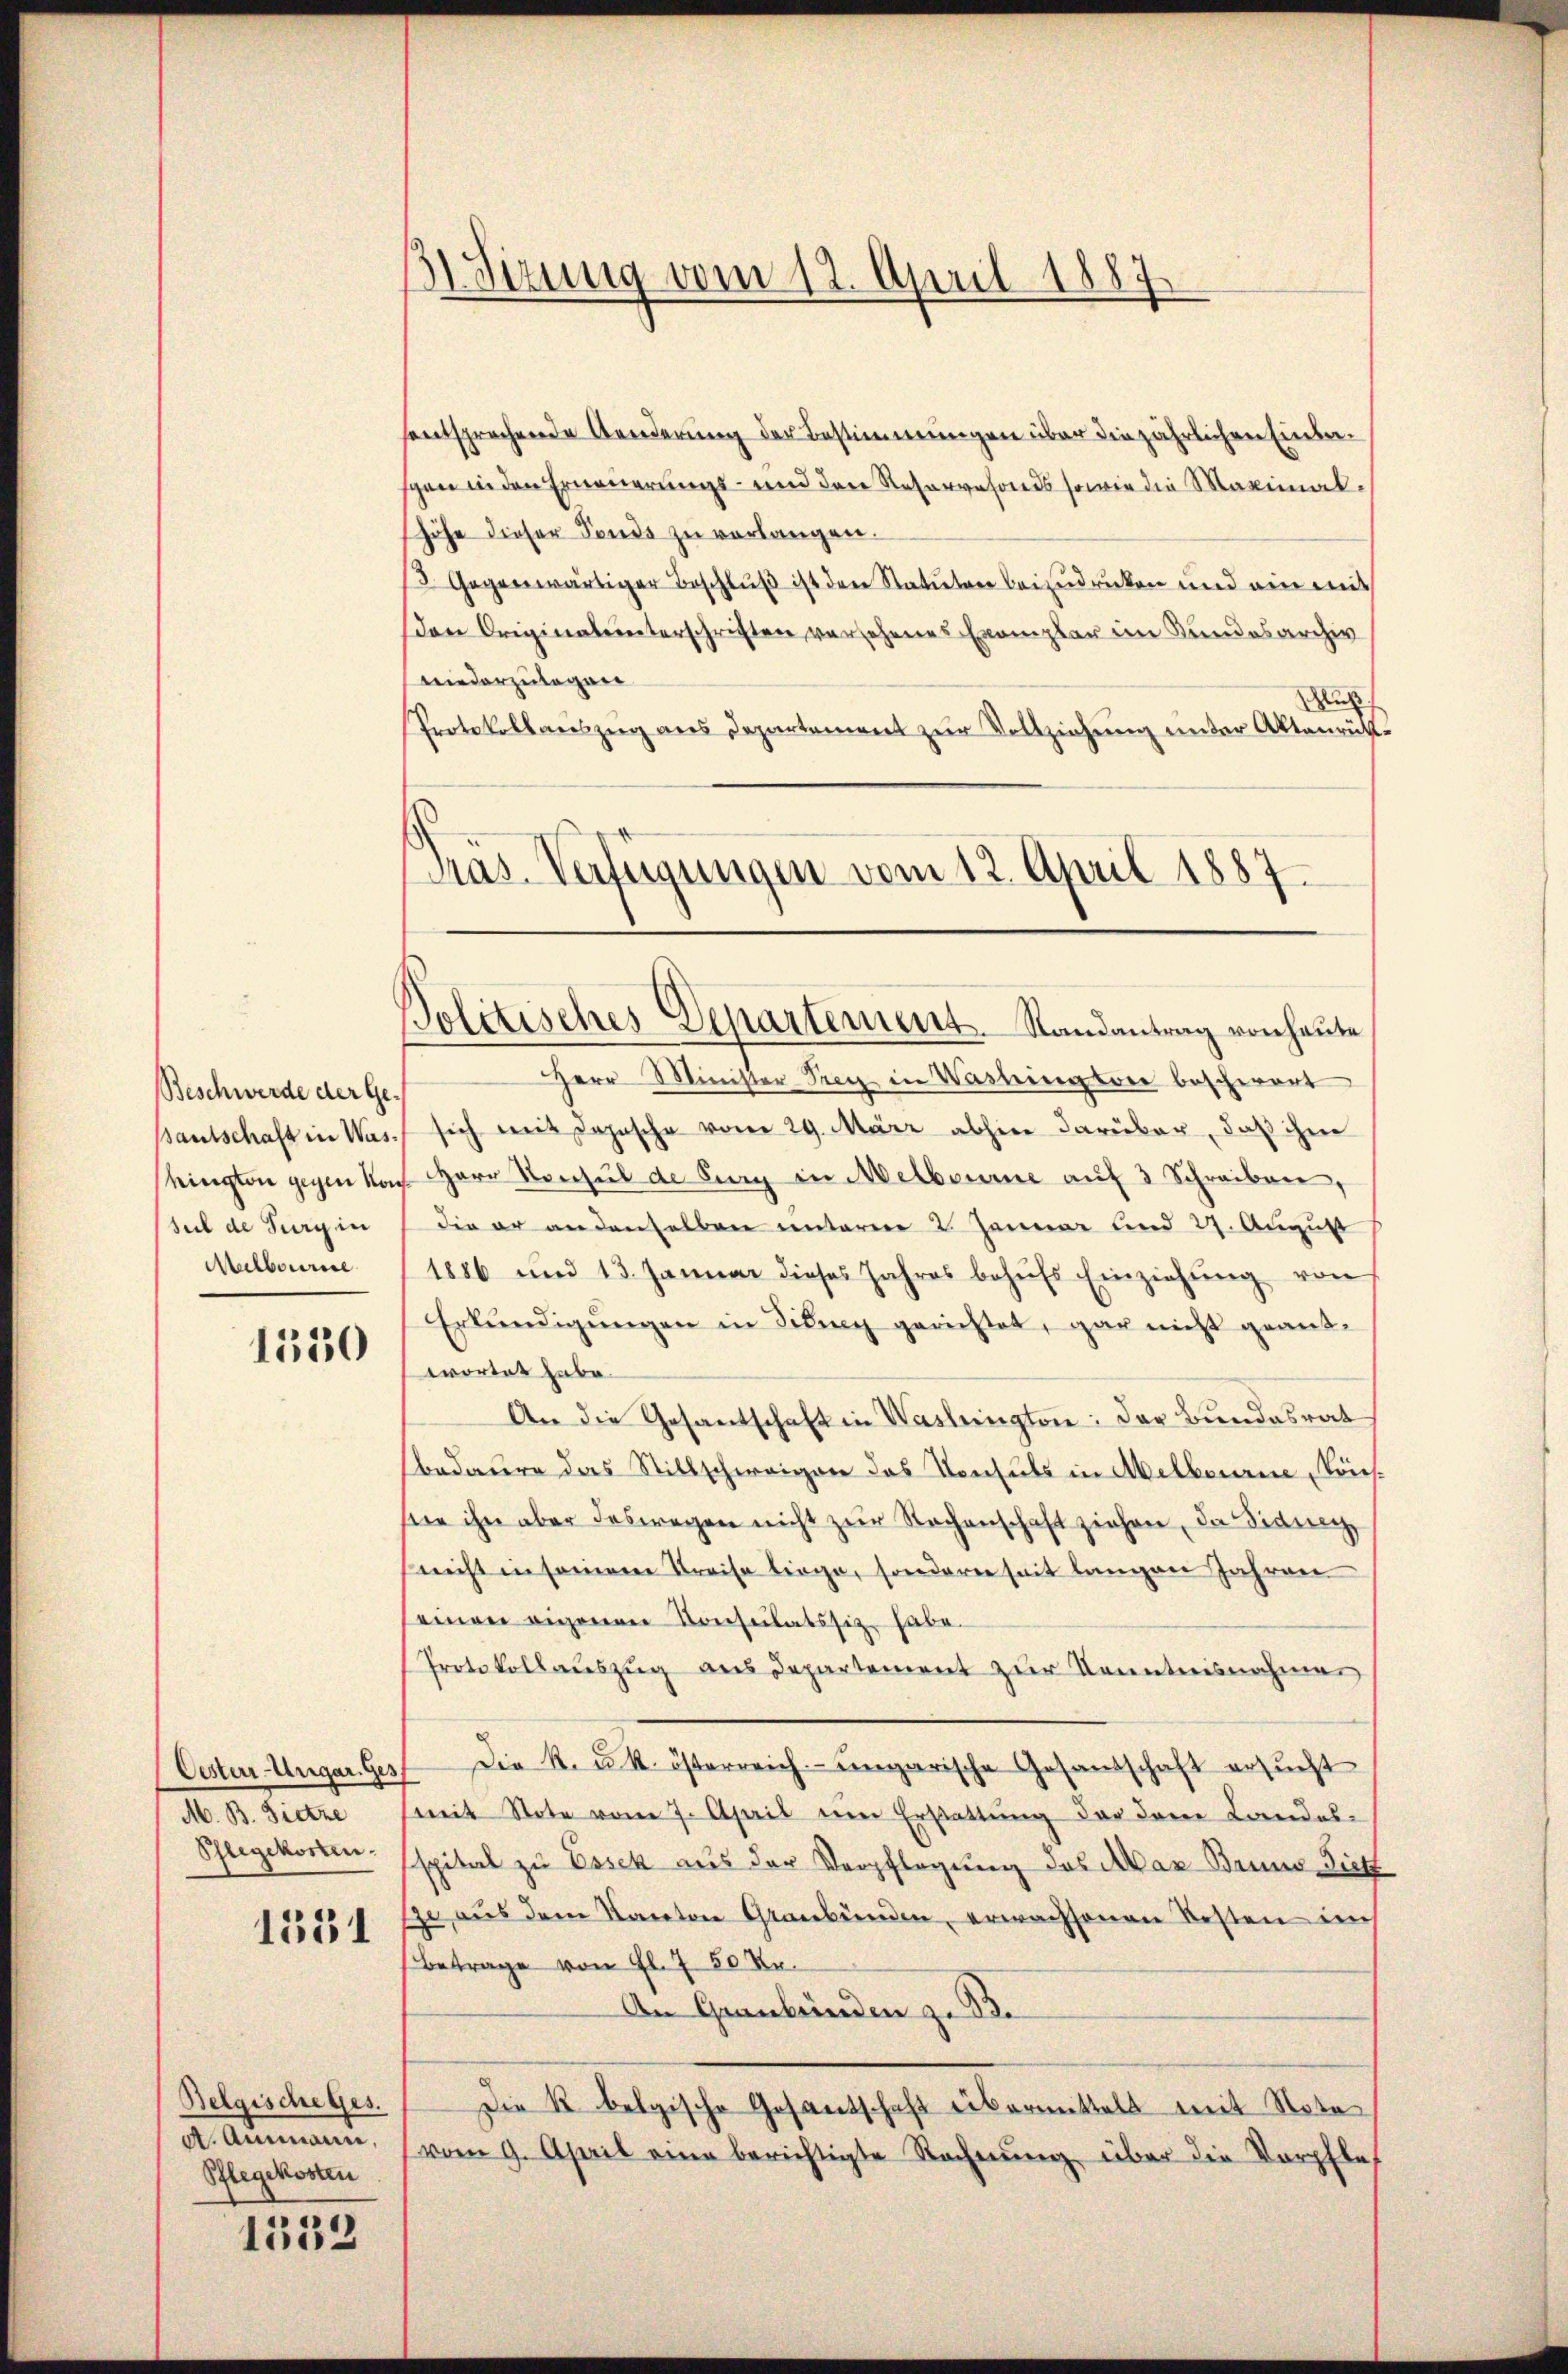
Beschwerde der Geseil de Turg in
Melbourire

1550

M. B. Dietze

1331

Belgischeges.
d. Ammann.
Pflegekosten

1532

B.Sizung vom 12. April 1887

sentsprechende Aenderung der Bestimmungen über die jährlichen Einbeschen in den Erneuerungs- und der Reservefonds sowie die Maximalhöhe dieser Fonds zŭ verlangen.
3. Gegenwärtiger Beschlŭβ ist den Statuten beizudrücken und ein mit
den Originalunterschriften versehenes Exemplar im Kundesarchiv
niederzulegen.
Aus
Protokollaŭszŭg ans Departament zŭr Vollziehŭng ŭnter Aktenrüt-
Präs. Verfügungen vom 12. April 1887.

Politisches Departement. Randantrag von heute

Herr Minister Frey in Washingsver beschwert
Bautschaft in Was sich mit Depesche vom 29. März abhin darüber, daß ihm
hington gegen kons Herr Konsul de Burg in Melbaume aŭf 3 Schreiben,
die er andenselben unterm 2. Januar und 27. August
1886 und 13. Januar dieses Jahres behŭfs Einziehŭng von
Erkundigungen in Filing gerichtet, gar nicht geantwortet habe.
An die Gesantschaft in Waslington: der Bundesrat
bedaure das Stillschweigen das Konsuls in Melbourne Könssie ihn aber deswegen nicht zur Rechenschaft ziehen, da Sidung
nicht in seinem Kreise liege, sondern seit langen Jahren
seinen eigenen Konsulatssitz habe.
Protokollauszug aus Departement zur Kenntnisnahmen
Oester-Ungar. Ges. Die R. u. k. österreich- ungarische Gesandschaft ersucht
mit Note vom 7. April ein Erstattung der dene Landes-
Pflegekosten: sspital zu Essek aus der Verpflegung des Mar Bruno Diet
je aus dem Kanton Graubünden, erwachsenen Besten uns
Betrage von fl. 7 50 Ro.
An Graubünden z. B.
Die R. belgische Gesantschaft übermittelt mit Nota
vom 9. April eine berichtigte Rechnŭng über die Verpfle